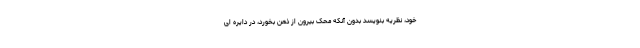
خود، نظریه بنویسد بدون آنکه مَحّک بیرون از ذهن بخورد، در دایره ای